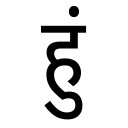
OCR:
हुं